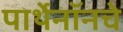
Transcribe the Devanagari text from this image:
पार्थेनॉनचे